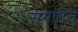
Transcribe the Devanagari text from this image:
समाप्‍ति